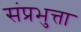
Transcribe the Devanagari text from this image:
संप्रभुत्ता